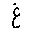
Letter: _gayn